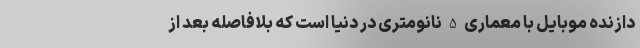
دازنده موبایل با معماری 5 نانومتری در دنیا است که بلافاصله بعد از